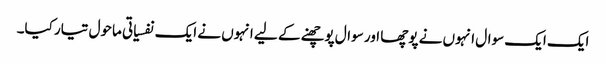
ایک ایک سوال انہوں نے پوچھا اور سوال پوچھنے کے لیے انہوں نے ایک نفسیاتی ماحول تیار کیا۔